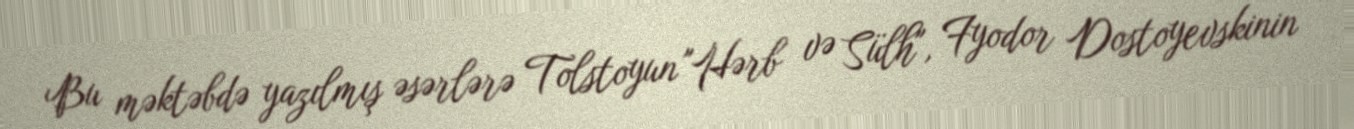
Bu məktəbdə yazılmış əsərlərə Tolstoyun "Hərb və Sülh", Fyodor Dostoyevskinin